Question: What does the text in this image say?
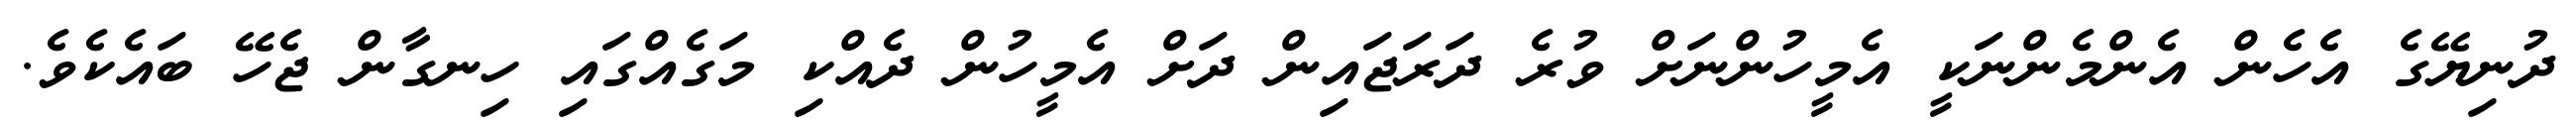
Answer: ދުނިޔޭގެ އެހެން އެންމެންނަކީ އެމީހުންނަށް ވުރެ ދަރަޖައިން ދަށް އެމީހުން ދެއްކި މަގެއްގައި ހިނގާން ޖެހޭ ބައެކެވެ.